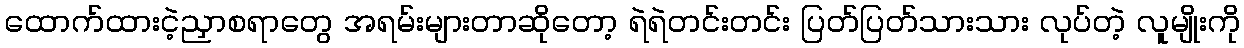
ထောက်ထားငဲ့ညှာစရာတွေ အရမ်းများတာဆိုတော့ ရဲရဲတင်းတင်း ပြတ်ပြတ်သားသား လုပ်တဲ့ လူမျိုးကို